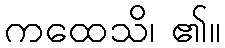
ကထေသိ၊ ၏။